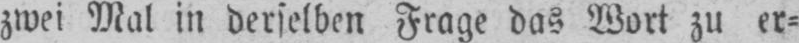
zwei Mal in derselben Frage das Wort zu er⸗